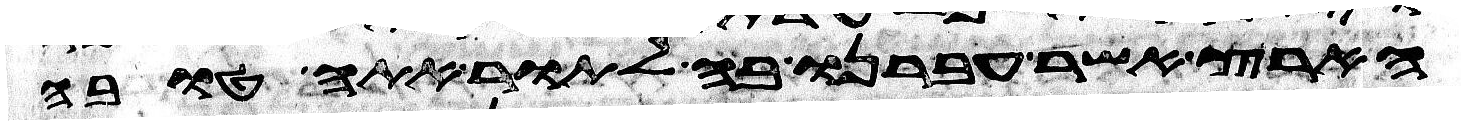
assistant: הארץ אשר עברנו בה לתור אתה טובה